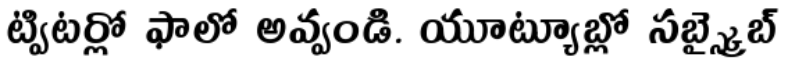
ట్విటర్లో ఫాలో అవ్వండి. యూట్యూబ్లో సబ్స్క్రైబ్